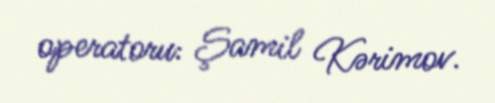
operatoru: Şamil Kərimov.